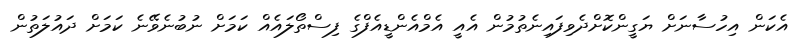
އެކަން އިހުސާނަށް ޔަގީންކޮށްދެވިފައިނެތުމުން އެއީ އެމްއެންޑީއެފްގެ ފިސްތޯލައެއް ކަމަށް ނުބުނެވޭނެ ކަމަށް ދައުލަތުން